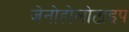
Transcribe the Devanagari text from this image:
जेनोहोलोटाइप